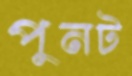
পুনট